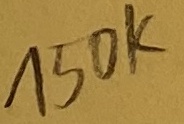
Text: 150K